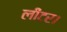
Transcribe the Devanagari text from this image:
लीटर।